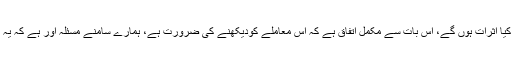
معزز چیف جسٹس نے مزید کہا کہ اگر سپریم کورٹ اس معاملے کو دیکھتی ہے تو اس کے کیا اثرات ہوں گے، اس بات سے مکمل اتفاق ہے کہ اس معاملے کودیکھنے کی ضرورت ہے، ہمارے سامنے مسئلہ اور ہے کہ یہ معاملہ کس کو اور کب دیکھنا چاہیے، یہ معاملہ پہلے ہی ہائی کورٹ میں زی رسماعت ہے۔